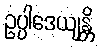
ဥပ္ပါဒေယျန္တိ